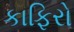
કાફિરો